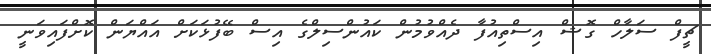
ޗީފް ސަލާހް ގޮޝް އިސްތިއުފާ ދެއްވުމުން ކައުންސިލްގެ އިސް ބޭފުޅަކަށް އައްޔަން ކޮށްފައިވަނީ